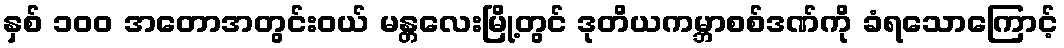
နှစ် ၁၀၀ အတောအတွင်းဝယ် မန္တလေးမြို့တွင် ဒုတိယကမ္ဘာစစ်ဒဏ်ကို ခံရသောကြောင့်